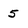
Character: 5